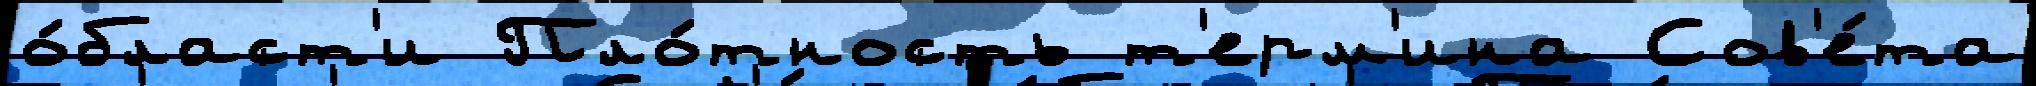
о́бласт'и Пло́тность т'ерм'ина Сов'е́та